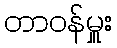
တာဝန်မှူး